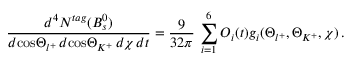
\frac { d ^ { 4 } N ^ { t a g } ( B _ { s } ^ { 0 } ) } { d \mathrm { c o s } \Theta _ { l ^ { + } } \, d \mathrm { c o s } \Theta _ { K ^ { + } } \, d \chi \, d t } = \frac { 9 } { 3 2 \pi } \, \sum _ { i = 1 } ^ { 6 } { \cal O } _ { i } ( t ) g _ { i } ( \Theta _ { l ^ { + } } , \Theta _ { K ^ { + } } , \chi ) \, .